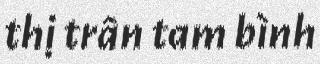
thị trấn tam bình